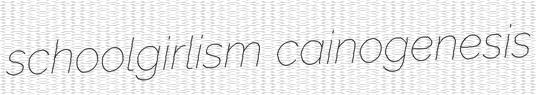
schoolgirlism cainogenesis